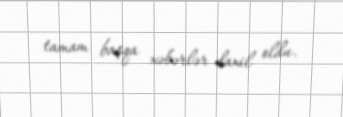
tamam başqa xəbərlər daxil oldu.